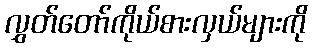
လွှတ်တော်ကိုယ်စားလှယ်များကို